Civil Veterinary Department Bihar reports 1940-50 - 1940-1950
Year: 1940
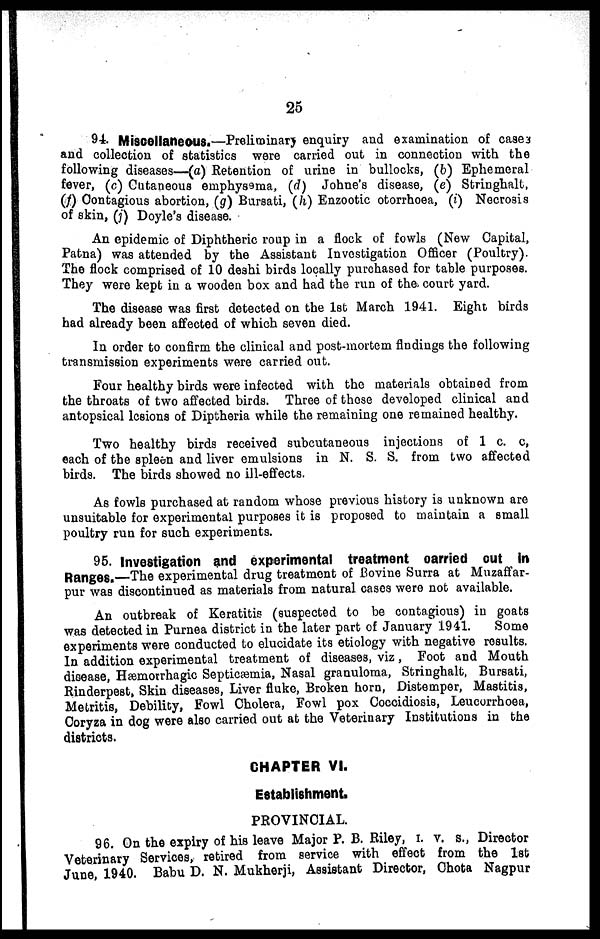
25
94. Miscellaneous.—Preliminary enquiry and examination of cases
and collection of statistics were carried out in connection with the
following diseases—(a) Retention of urine in bullocks, (6) Ephemeral
fever, (c) Cutaneous emphysema, (d) Johne's disease, (e) Stringhalt,
(f) Contagious abortion, (g) Bursati, (h) Enzootic otorrhoea, (i) Necrosis
of skin, (j) Doyle's disease.
An epidemic of Diphtheric roup in a flock of fowls (New Capital,
Patna) was attended by the Assistant Investigation Officer (Poultry).
The flock comprised of 10 deshi birds locally purchased for table purposes.
They were kept in a wooden box and had the run of the. court yard.
The disease was first detected on the 1st March 1941. Eight birds
had already been affected of which seven died.
In order to confirm the clinical and post-mortem findings the following
transmission experiments were carried out.
Four healthy birds were infected with the materials obtained from
the throats of two affected birds. Three of those developed clinical and
antopsical lesions of Diptheria while the remaining one remained healthy.
Two healthy birds received subcutaneous injections of 1 c. c,
each of the spleen and liver emulsions in N. S. S. from two affected
birds. The birds showed no ill-effects.
As fowls purchased at random whose previous history is unknown are
unsuitable for experimental purposes it is proposed to maintain a small
poultry run for such experiments.
95. Investigation and experimental treatment carried out in
Ranges.—The experimental drug treatment of Bovine Surra at Muzaffar-
pur was discontinued as materials from natural cases were not available.
An outbreak of Keratitis (suspected to be contagious) in goats
was detected in Purnea district in the later part of January 1941.
Some
experiments were conducted to elucidate its etiology with negative results.
In addition experimental treatment of diseases, viz, Foot and Mouth
disease, Hæmorrhagic Septicæmia, Nasal granuloma, Stringhalt, Bursati,
Rinderpest, Skin diseases, Liver fluke, Broken horn, Distemper, Mastitis,
Metritis, Debility, Fowl Cholera, Fowl pox Coccidiosis, Leucorrhoea,
Coryza in dog were also carried out at the Veterinary Institutions in the
districts.
CHAPTER VI.
Establishment.
PROVINCIAL.
96. On the expiry of his leave Major P. B. Riley, I. V. S., Director
Veterinary Services, retired from service with effect from the 1st
June, 1940. Babu D. N. Mukherji, Assistant Director, Chota Nagpur